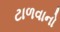
ટાળવાનો